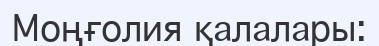
Моңғолия қалалары: